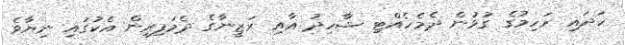
ހަދައި ރަހިމުގެ ގުޅުން ދެމެހެއްޓި ޝާހިދު އާއި ރަޒީނާގެ ދެމަފިރިން އެކުގައި ނިޔާވެ